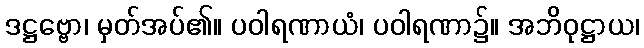
ဒဋ္ဌဗ္ဗော၊ မှတ်အပ်၏။ ပဝါရဏာယံ၊ ပဝါရဏာ၌။ အဘိဝုဋ္ဌာယ၊